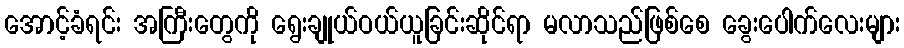
အောင့်ခံရင်း အကြီးတွေကို ရွေးချုယ်ဝယ်ယူခြင်းဆိုင်ရာ မလာသည်ဖြစ်စေ ခွေးပေါက်လေးများ